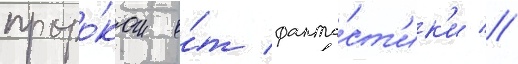
проро́ком о́т фанта́ст'ик'и //